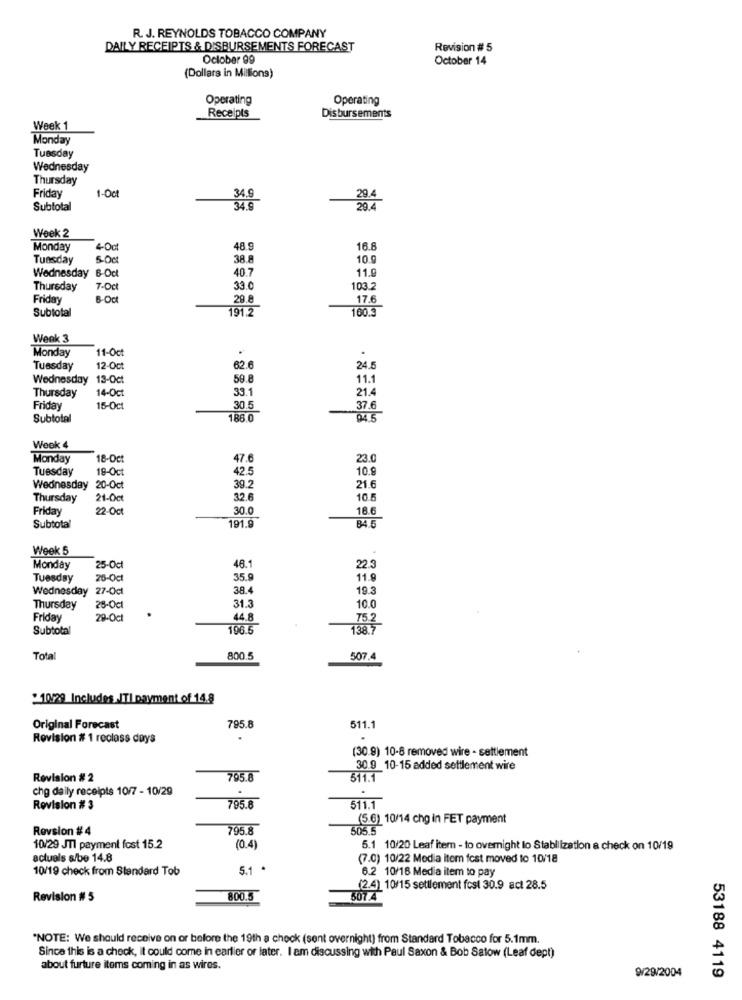
R. J. REYNOLDS TOBACCO COMPANY
DAILY RECEIPTS & DISBURSEMENTS FORECAST
Revision # 5
October 99
October 14
(Dollars in Millions)
Operating
Operating
Receipts
Disbursements
Week 1
Monday
Tuesday
Wednesday
Thursday
29.4
Friday
1-Oct
34.
Subtotal
34.9
29.4
Week 2
Monday
48.9
16.6
Tuesday
500
38.8
10.g
Wednesday 6-Oct
40.7
11.9
Thursday
7-Oct
33.0
103
Friday
6-Oct
29.8
17.6
Subtotal
191.2
160.3
Week 3
Monday
11-Oct
Tuesday
12-Oct
62.6
24.5
Wednesday 13-Oct
59.8
11.1
14-Oct
33.1
21.4
Thursday
Friday
15-Oct
30.5
37.6
Subtotal
186.0
Week 4
Monday
18-Oct
47.6
23.0
Tuesday
18-Oc
42.5
10.9
Wednesday 20-Oct
39.2
21.6
Thursday
21-00
32.6
10.5
Friday
22-Oct
30.0
18.6
191.9
Subtotal
B4.
Week 5
Monday
25-0cl
48.1
22.3
Tuesday
26-0c
35.9
11.9
Wednesday 27-Oct
38.4
19.3
10.0
Thursday
28-Ocl
31.3
Friday
29-Oct
44.8
Subtotal
196.5
Total
800 5
507.4
:10/29 Includes ITI payment of 14.8
Original Forecast
795.8
511.1
Revision # 1 reclass days
(30.9) 10-8 removed wire - settlement
30.9 10-15 added settlement wire
Revision # 2
795.8
511.1
chg daily receipts 10/7 - 10/29
.
Revision # 3
795.8
511.1
(5.6) 10/14 chg in FET payment
Rovsion #4
795.8
505.5
10/29 JTI payment fost 15.2
(0.4)
5.1 10/20 Leaf item - to overnight lo Stabilization a check on 10/19
actuels s/be 14.8
(7.0) 10/22 Media item fest moved to 10/18
10/19 check from Standard Tob
5.1 .
6.2 10/16 Media item to pay
(2.4) 10/15 settlement fcst 30.9 act 28.5
Revision # 5
800.5
807.4
"NOTE: We should receive on or before the 19th a check (sent overnight) from Standard Tobacco for 5.1mm.
Since this is a check, it could come in earlier or later. I am discussing with Paul Saxon & Bob Satow (Leaf dept)
about furture itoms coming in as wires.
9/29/2004
53188 4119